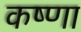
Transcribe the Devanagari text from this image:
कष्णा